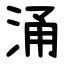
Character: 涌